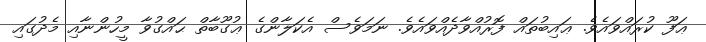
ޢަފޫ ކުރައްވައެވެ. ޢައިބުތައް ފޮރުއްވާދެއްވައެވެ. ނަމަވެސް އެކަލާންގެ ޢުގޫބާތް ޙައްގުވާ މީހުންނާއި މެދުގައި